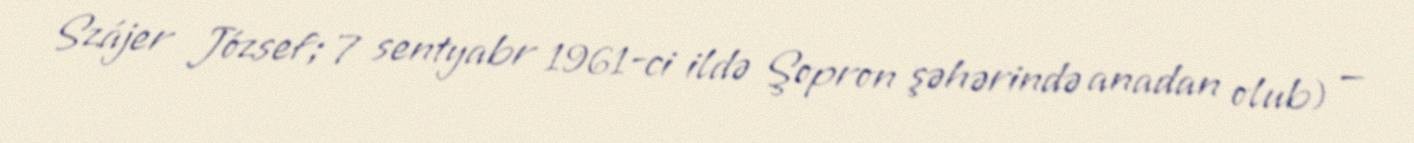
Szájer József; 7 sentyabr 1961-ci ildə Şopron şəhərində anadan olub) —